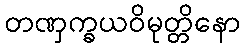
တဏှက္ခယဝိမုတ္တိနော